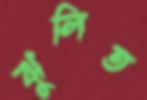
ঝুলিত